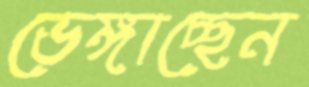
ভেঙ্গাচ্ছেন